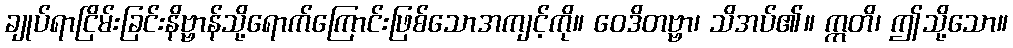
ချုပ်ရာငြိမ်းခြင်းနိဗ္ဗာန်သို့ရောက်ကြောင်းဖြစ်သောအကျင့်ကို။ ဝေဒိတဗ္ဗာ၊ သိအပ်၏။ ဣတိ၊ ဤသို့သော။